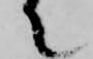
て